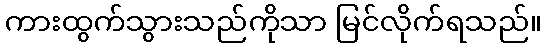
ကားထွက်သွားသည်ကိုသာ မြင်လိုက်ရသည်။